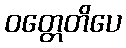
ဝတ္တေတိပေ